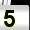
Digit: 5